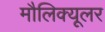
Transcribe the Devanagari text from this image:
मौलिक्यूलर